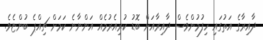
ދާއިރާގެ އަތުގައި ހިފުމުންވެސް ދާއިރާއަށް ބޮޑު ކުރިއެރުމެއް އަންނާނެ ކަމަށް ޗިއްޕެ ބުންޏެވެ.